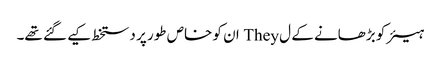
ہیئر کو بڑھانے کے ل They ان کو خاص طور پر دستخط کیے گئے تھے۔